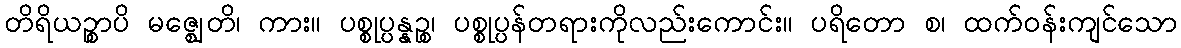
တိရိယဉ္စာပိ မဇ္ဈေတိ၊ ကား။ ပစ္စုပ္ပန္နဉ္စ၊ ပစ္စုပ္ပန်တရားကိုလည်းကောင်း။ ပရိတော စ၊ ထက်ဝန်းကျင်သော